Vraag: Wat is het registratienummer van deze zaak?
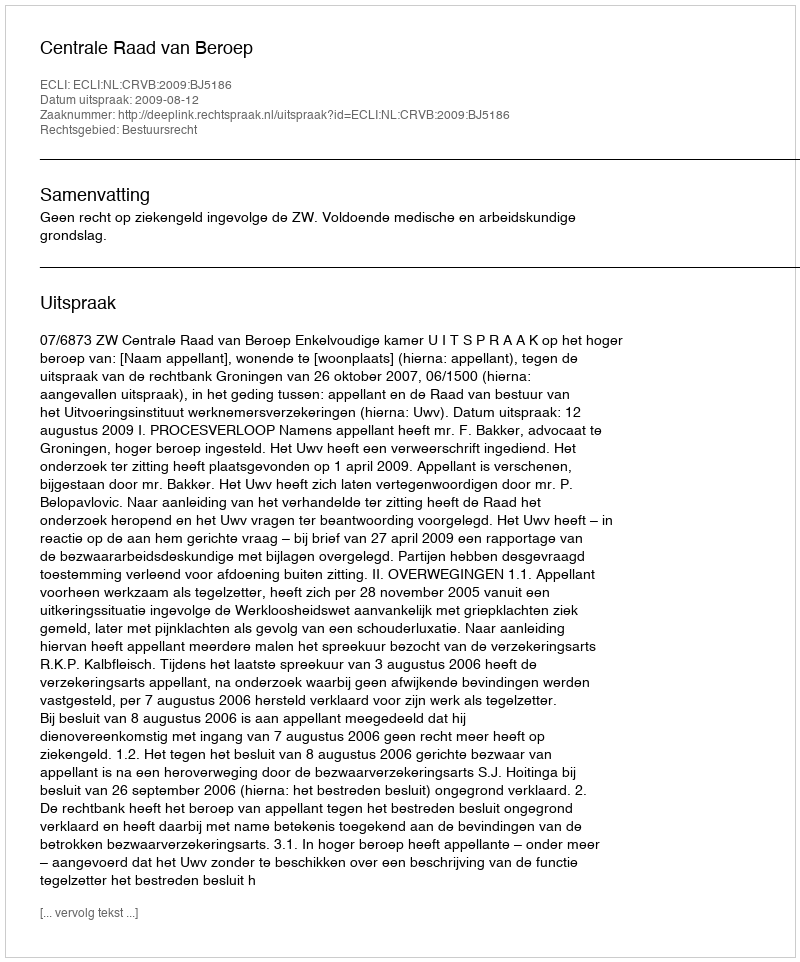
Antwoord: http://deeplink.rechtspraak.nl/uitspraak?id=ECLI:NL:CRVB:2009:BJ5186